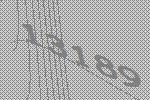
13189